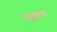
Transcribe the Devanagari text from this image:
वृक्षपात